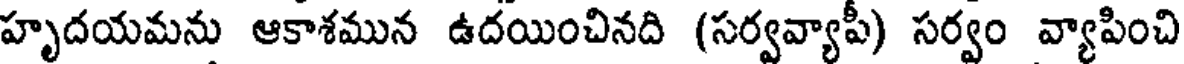
హృదయమను ఆకాశమున ఉదయించినది (సర్వవ్యాపీ) సర్వం వ్యాపించి